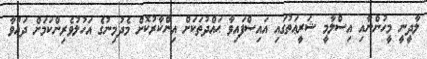
ލާދީނީ މީހުންނާއި އިސްލާމީ ޝަރީޢަތުގައި އައިސްފައިވާ ޙައްދުތަކަށް އިންކާރުކޮށް މެދުމިނުގެ އަހުލުވެރިންކަމަށް ދަޢުވާ